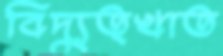
বিদ্যুত্খাত